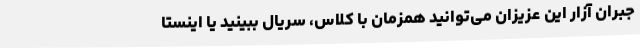
جبران آزار این عزیزان می‌توانید همزمان با کلاس، سریال ببینید یا اینستا